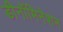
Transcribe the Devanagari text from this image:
डीनॉमिनेशन